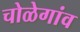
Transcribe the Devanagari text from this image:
चोळेगांव